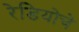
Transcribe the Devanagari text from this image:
रेडियोचे